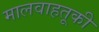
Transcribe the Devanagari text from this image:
मालवाहतूकी